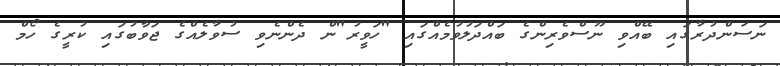
ނަސަންދުރާގައި ބޭއްވި ނޫސްވެރިންގެ ބައްދަލުވުމެއްގައި "ހަވީރު"ން ދެންނެވި ސުވާލެއްގެ ޖަވާބުގައި ކުރީގެ ހޯމް